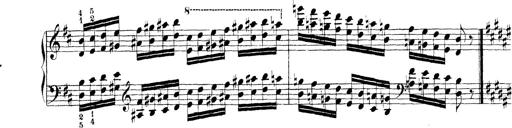
Title: Technische Studien
Composer: Franz Liszt